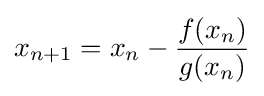
x_{n+1}=x_{n}-{\frac {f(x_{n})}{g(x_{n})}}